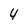
Character: 4